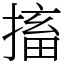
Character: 搐